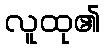
လူထု၏